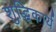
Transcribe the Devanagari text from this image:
शुद्धिकार्य